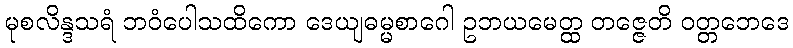
မုစလိန္ဒသရံ ဘဝံပေါသထိကော ဒေယျဓမ္မစာဂေါ ဥဘယမေတ္ထ တဇ္ဇေတိ ဝတ္တဘေဒေ